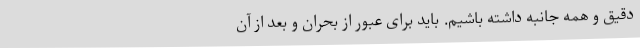
دقیق و همه جانبه داشته باشیم. باید برای عبور از بحران و بعد از آن